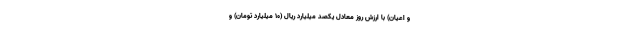
و اعیان) با ارزش روز معادل یکصد میلیارد ریال (۱۰ میلیارد تومان) و